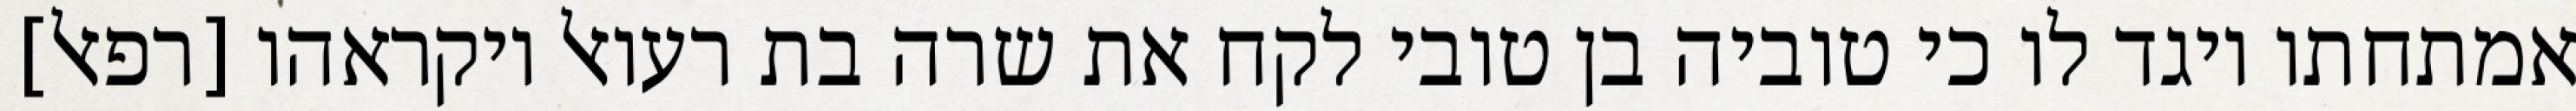
אמתחתו ויגד לו כי טוביה בן טובי לקח את שרה בת רעואל ויקראהו [רפאל]